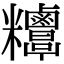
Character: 𥾁